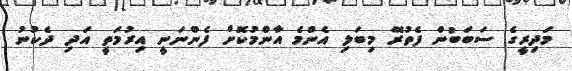
މަދިރީގެ ސަބަބުން ފެތުރޭ މިބަލި އެންމެ އާންމުކޮށް ފެންނަނީ އިރުމަތީ އަދި ދެކުނު